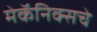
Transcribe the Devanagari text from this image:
मेकॅनिक्सचे